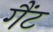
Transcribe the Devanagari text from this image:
गैंट